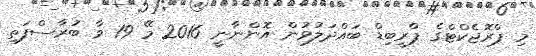
މި ޕްރޮޖެކްޓްގެ ޕްރީބިޑް ބައްދަލުވުން އޮންނާނީ 2016 މޭ 19 ވާ ބުރާސްފަތި